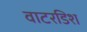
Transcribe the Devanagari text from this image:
वाटरडिश